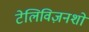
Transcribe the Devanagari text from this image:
टेलिविज़नशो